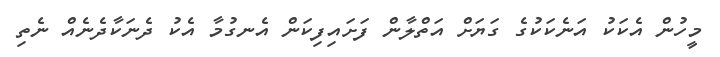
މީހުން އެކަކު އަނެކަކުގެ ގަޔަށް އަތްލާން ފަށައިފިކަން އެނގުމާ އެކު ދެނަކާދެނެއް ނެތި